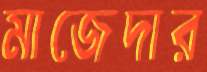
মাজেদার